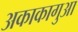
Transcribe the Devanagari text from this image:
अकाकागुआ